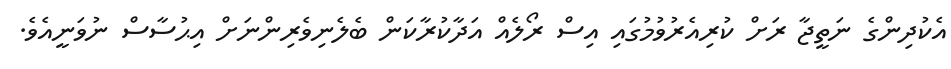
އެކުދިންގެ ނަތީޖާ ރަށް ކުރިއެރުވުމުގައި އިސް ރޯލެއް އަދާކުރާކަން ބެލެނިވެރިންނަށް އިޙުސާސް ނުވަނީއެވެ.